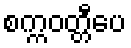
စက္ကဝတ္တီပေ